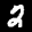
Label: 2